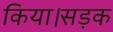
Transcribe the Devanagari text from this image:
किया।सड़क